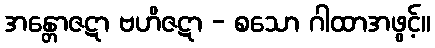
အန္တောဇဋာ ဗဟိဇဋာ - စသော ဂါထာအဖွင့်။